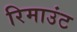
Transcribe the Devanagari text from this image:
रिमाउंट